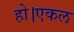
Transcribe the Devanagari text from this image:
हो।एकल